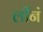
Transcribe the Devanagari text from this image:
लींनं